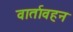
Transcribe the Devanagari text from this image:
वार्तावहन